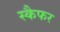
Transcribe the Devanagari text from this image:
स्कैफर